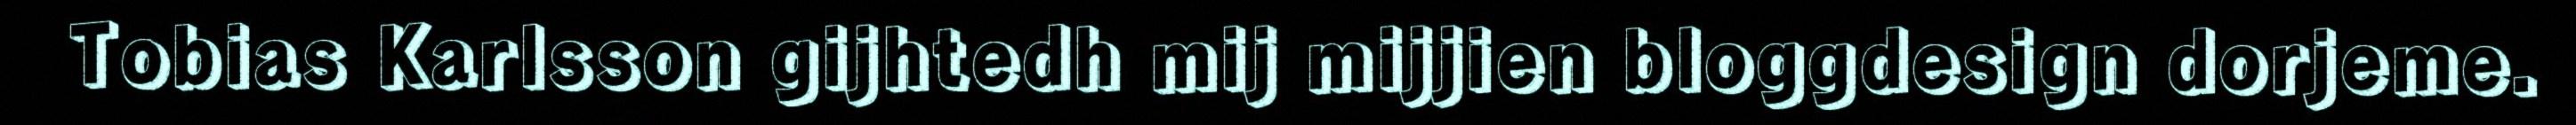
Tobias Karlsson gijhtedh mij mijjien bloggdesign dorjeme.